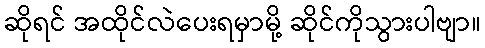
ဆိုရင် အထိုင်လဲပေးရမှာမို့ ဆိုင်ကိုသွားပါဗျာ။